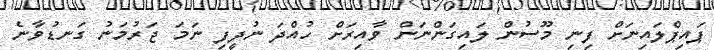
ޕައިޕްލައިނަށް ފިނި މޫސުން ލައިގަންނަން ވާއިރަށް ހުއްދަ ނުދީފި ނަމަ ޖަރުމަނު ގަނޑުވާނެ